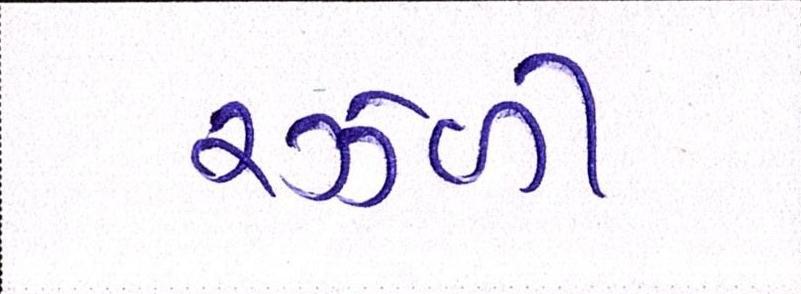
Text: રઝ્ળી